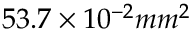
5 3 . 7 \times 1 0 ^ { - 2 } m m ^ { 2 }